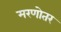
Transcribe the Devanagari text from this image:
मरणोतर